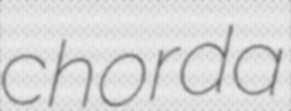
chorda